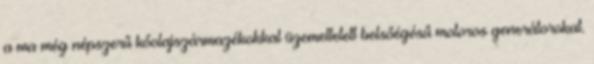
a ma még népszerű kőolajszármazékokkal üzemeltetett belsőégésű motoros generátorokat.